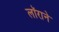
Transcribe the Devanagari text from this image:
लॉराने